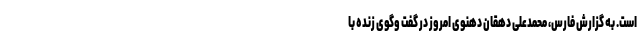
است. به گزارش فارس، محمدعلی دهقان دهنوی امروز در گفت‌ وگوی زنده با